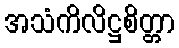
အသံကိလိဋ္ဌစိတ္တာ